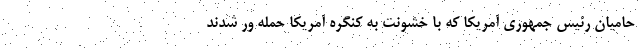
حامیان رئیس جمهوری آمریکا که با خشونت به کنگره آمریکا حمله ور شدند